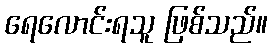
ရေလောင်းရသူ ဖြစ်သည်။